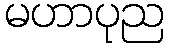
မဟာပုည